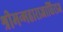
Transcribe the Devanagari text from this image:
श्रीमन्महाराजाधिराज